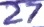
Text: 27